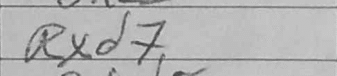
Transcription: Rxd7